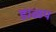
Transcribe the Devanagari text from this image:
डाळप